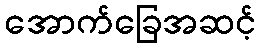
အောက်ခြေအဆင့်